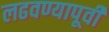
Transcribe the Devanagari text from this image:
लढवण्यापूर्वी